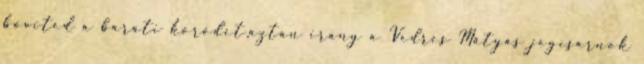
bővited a baráti körödet,aztán irány a Vedres Mátyás jégcsarnok